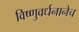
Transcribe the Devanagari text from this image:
विष्णुवर्धनानेच